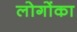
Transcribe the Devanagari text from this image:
लोगोंका